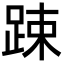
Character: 踈